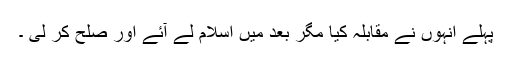
پہلے انہوں نے مقابلہ کیا مگر بعد میں اسلام لے آئے اور صلح کر لی ۔